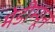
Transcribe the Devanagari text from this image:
मेडीम्यून